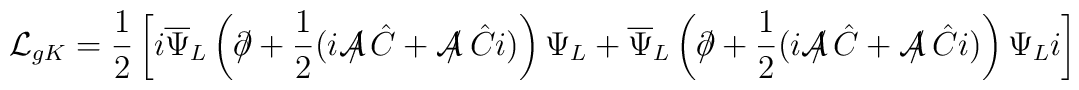
{\cal L}_{gK} = \frac{1}{2} \left[i\overline{\Psi}_L\left(\partial\!\!\!/ +\frac{1}{2}(i{\cal A}\!\!\!/\,\hat{C} + {\cal A}\!\!\!/\:\hat{C}i)\right) \Psi_L+ \overline{\Psi}_L\left(\partial\!\!\!/ + \frac{1}{2}(i{\cal A}\!\!\!/\,\hat{C} + {\cal A}\!\!\!/\:\hat{C}i)\right)\Psi_L i\right]